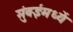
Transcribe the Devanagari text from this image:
मुंबईमध्यें